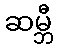
ဆမ္ဘီ